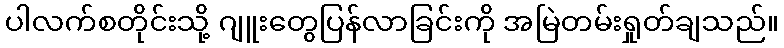
ပါလက်စတိုင်းသို့ ဂျူးတွေပြန်လာခြင်းကို အမြဲတမ်းရှုတ်ချသည်။